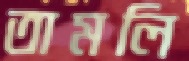
তামলি